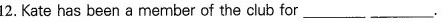
12.Kate has been a member of the club for___ ___.